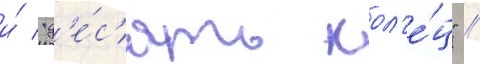
и́ "д'е́с'ять кол'е́ц" //